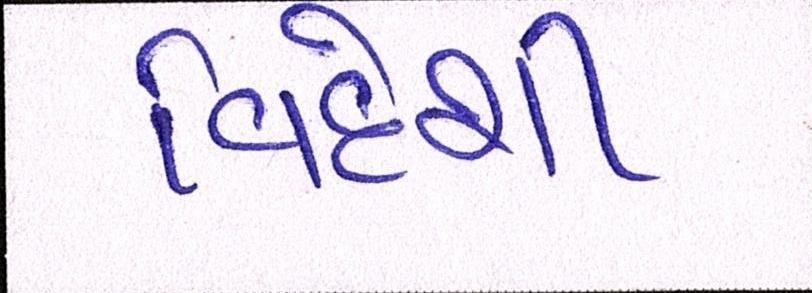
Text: વિદેશી